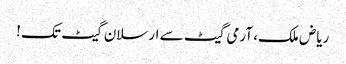
ریاض ملک، آرمی گیٹ سے ارسلان گیٹ تک !